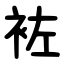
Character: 袏